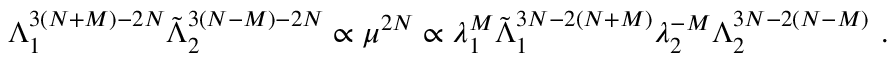
\Lambda _ { 1 } ^ { 3 ( N + M ) - 2 N } \tilde { \Lambda } _ { 2 } ^ { 3 ( N - M ) - 2 N } \propto \mu ^ { 2 N } \propto \lambda _ { 1 } ^ { M } \tilde { \Lambda } _ { 1 } ^ { 3 N - 2 ( N + M ) } \lambda _ { 2 } ^ { - M } \Lambda _ { 2 } ^ { 3 N - 2 ( N - M ) } \ .